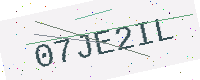
Text: 07JE2IL